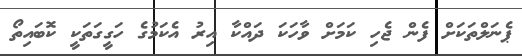
ޕެނަލްތަކަށް ފެން ޖެހި ކަމަށް ވާހަކަ ދައްކާ އިރު އެކަމުގެ ހަގީގަތަކީ ކޮބައިތޯ